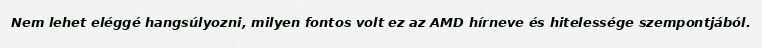
Nem lehet eléggé hangsúlyozni, milyen fontos volt ez az AMD hírneve és hitelessége szempontjából.